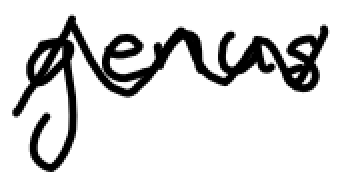
Text: genus
Cross-out: zig-zag
Writing tool: digital_black